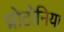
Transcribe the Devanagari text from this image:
प्रोटोनिया